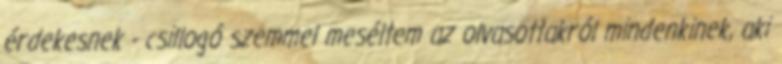
érdekesnek - csillogó szemmel meséltem az olvasottakról mindenkinek, aki